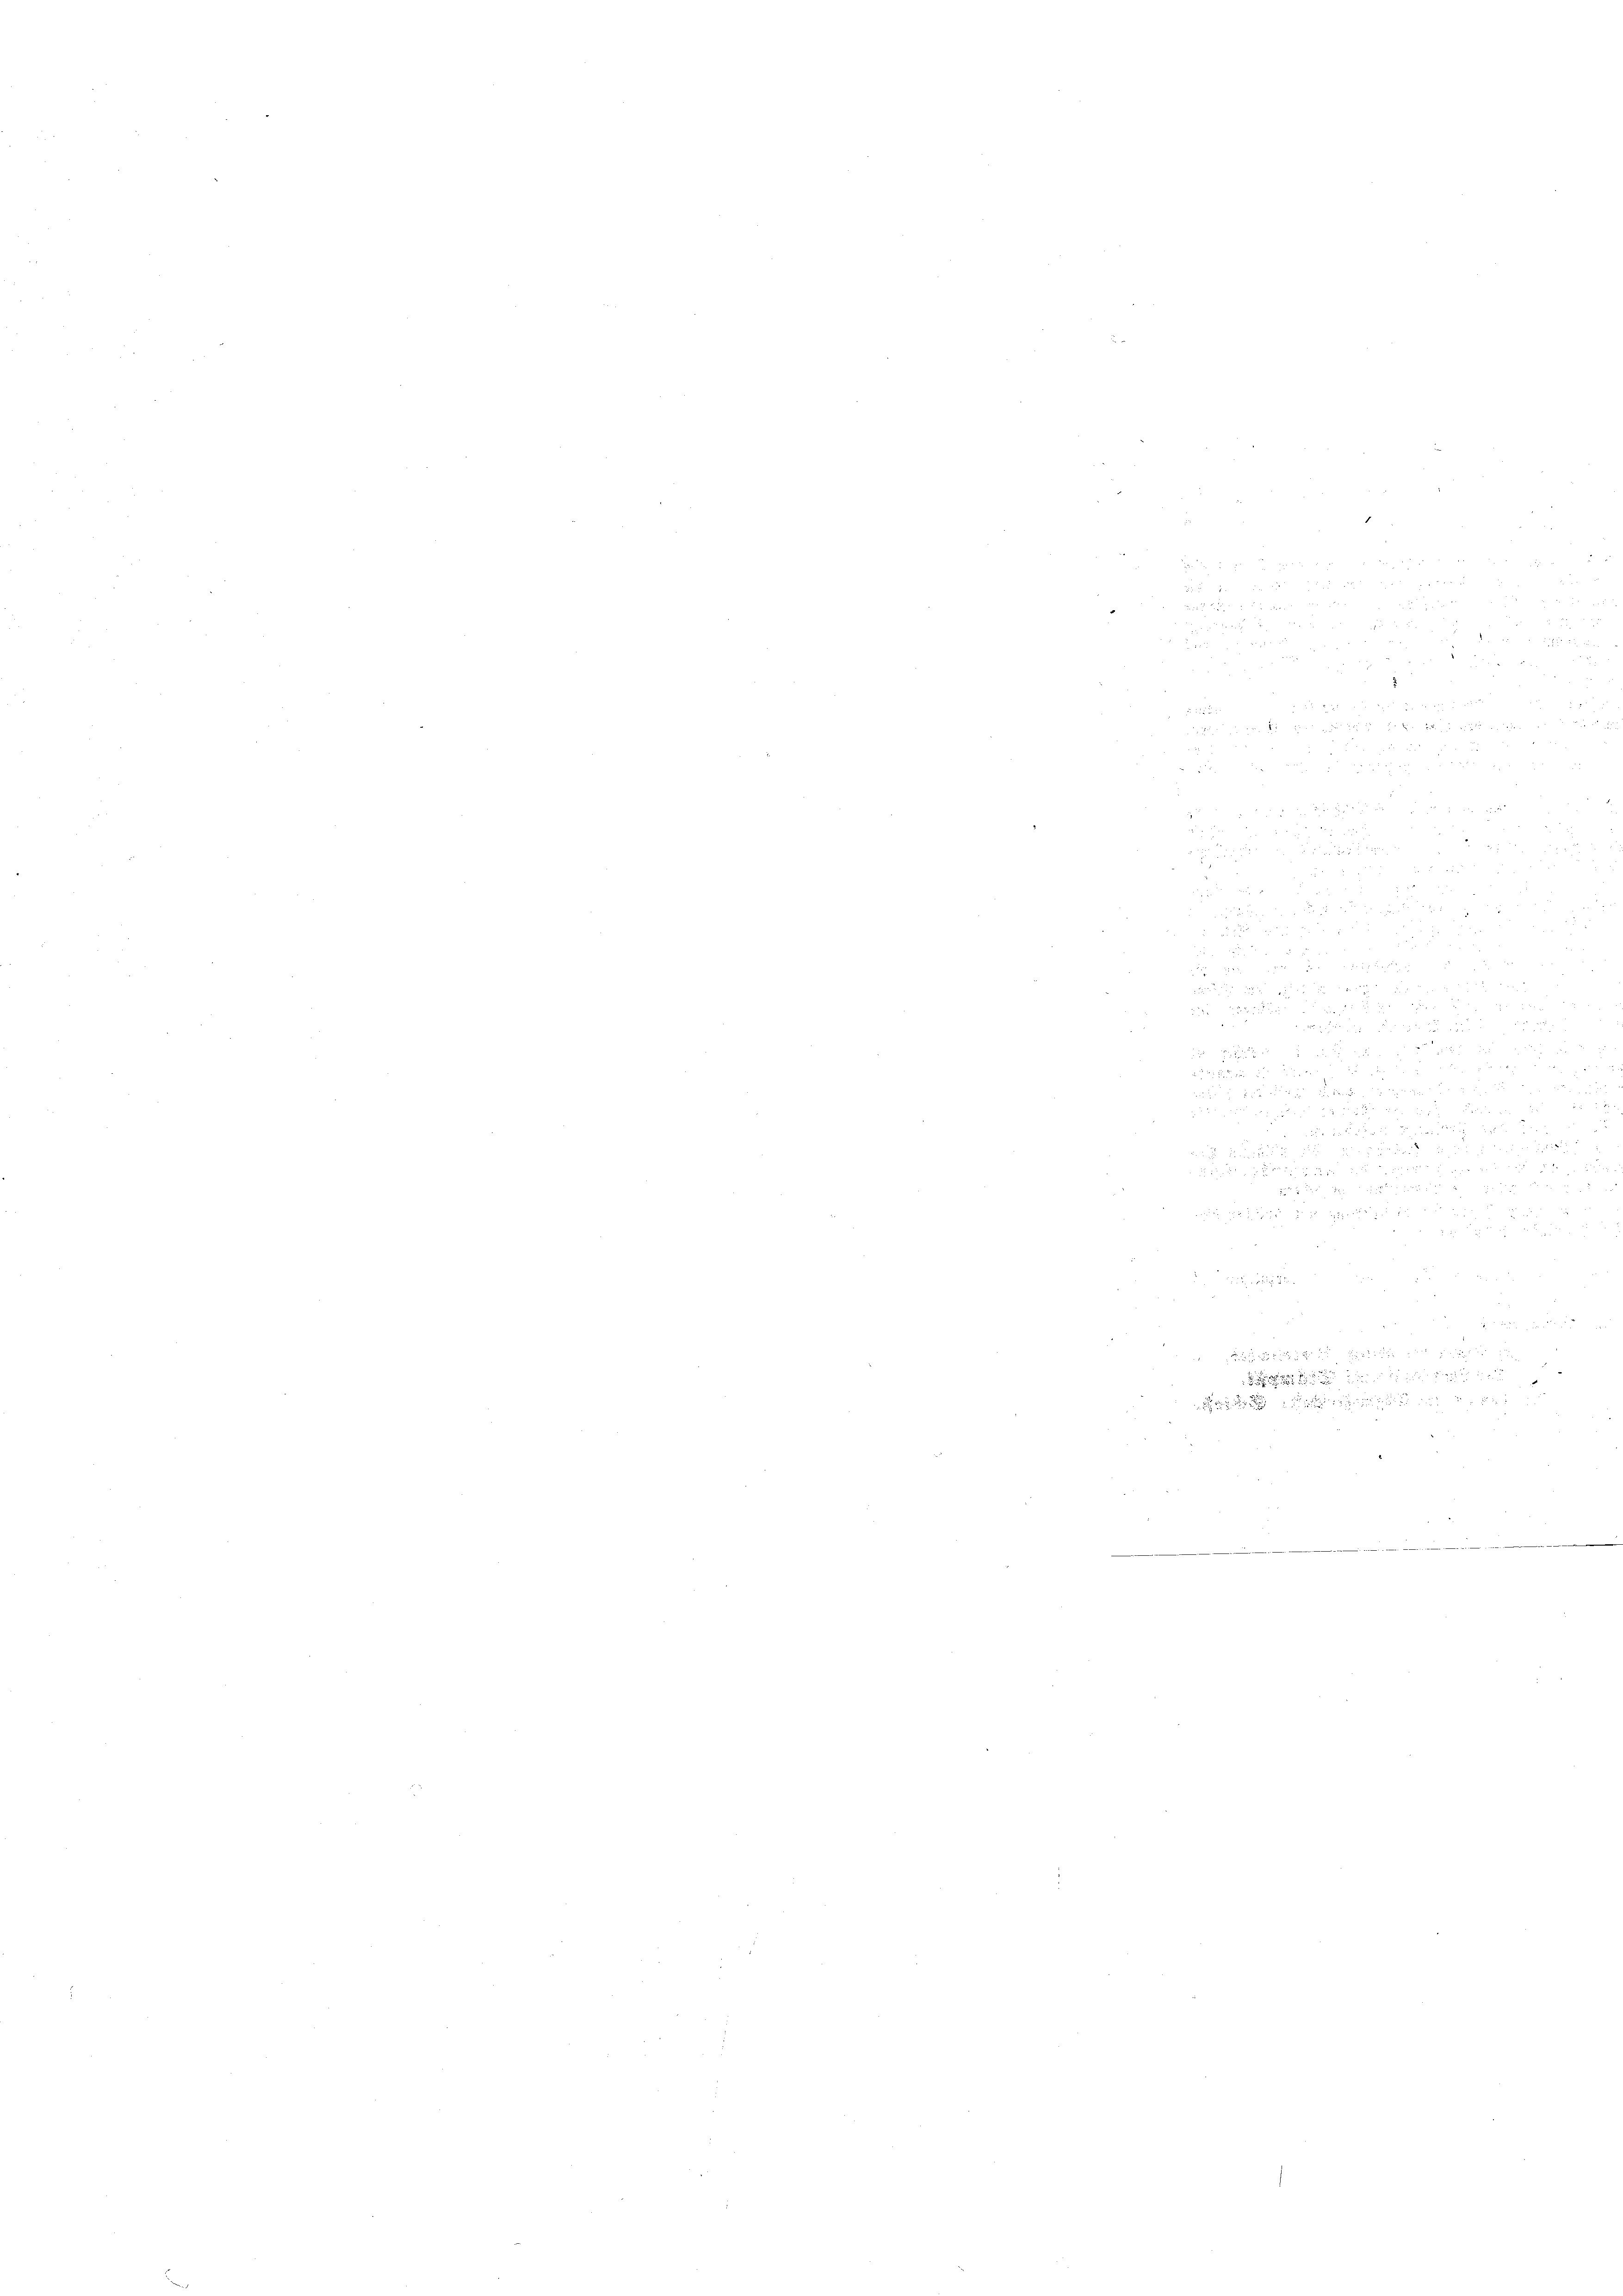
5 f 0 x

.

u

e
u
.